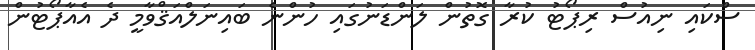
ސްކައި ނިއުސް ރިޕޯޓު ކުރާ ގޮތުން ލަންޑަނުގައި ހުންނެ ބައިނަލްއަޤްވާމީ ދެ އެއާޕޯޓުން